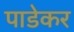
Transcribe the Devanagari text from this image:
पाडेकर